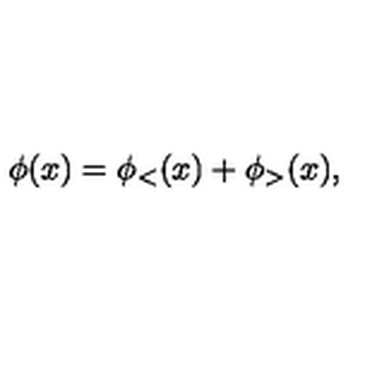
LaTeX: \phi ( x ) = \phi _ { < } ( x ) + \phi _ { > } ( x ) ,